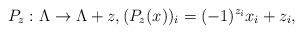
LaTeX: \begin{align*}P_z: \Lambda \to \Lambda+z, (P_z(x))_i = (-1)^{z_i} x_i + z_i,\end{align*}